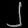
Digit: ၂